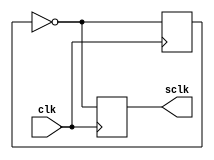
`timescale 1ns / 1ps
//////////////////////////////////////////////////////////////////////////////////
// Company: 
// Engineer: 
// 
// Design Name: 
// Module Name: Counter
// Project Name: 
// Target Devices: 
// Tool Versions: 
// Description: 
// 
// Dependencies: 
// 
// Revision:
// Revision 0.01 - File Created
// Additional Comments:
// 
//////////////////////////////////////////////////////////////////////////////////
//Counter C1 (clk, rst, sclk);


module Counter(input clk, output reg sclk);
//reg counter = 0;
////assign sclk = 0;
//always @(*) begin
//if(counter == 2) begin
//sclk = 1;
//counter = 0;
//end
//else begin
//sclk = 0;
//counter = counter + 1;
//end
//end
reg temp;
initial temp =0;

always@(posedge clk)
begin
sclk =~temp;
temp = sclk;
end
//begin
//    if (rst == 1)
//        begin
//            sclk <= 0;
//            counter <= 0;
//        end
//    else
//        begin
//            counter <= counter + 1;
//            if (counter == 1)
//                begin
//                    counter <= 0;
//                    sclk <= ~sclk;
//                end
//        end
//end
endmodule